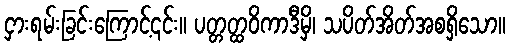
ငှားရမ်းခြင်းကြောင့်၎င်း။ ပတ္တတ္ထဝိကာဒီမှိ၊ သပိတ်အိတ်အစရှိသော။